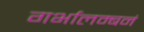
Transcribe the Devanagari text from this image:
गर्भालम्बनं